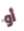
أو